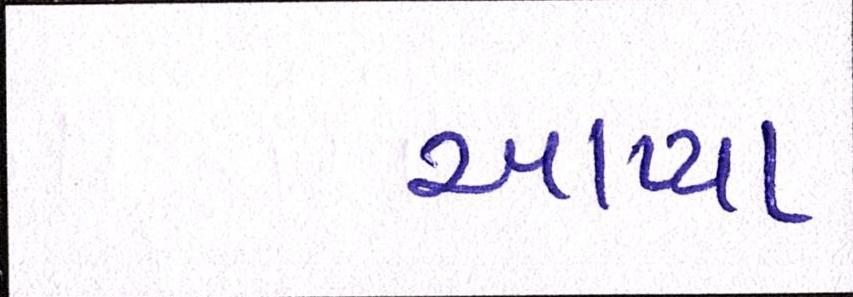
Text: આપ્યા